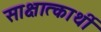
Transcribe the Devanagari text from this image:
साक्षात्कार्थी